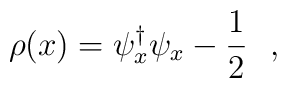
\rho(x)=\psi^{\dag}_x\psi_x-\frac{1}{2}\ \ ,